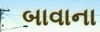
બાવાના